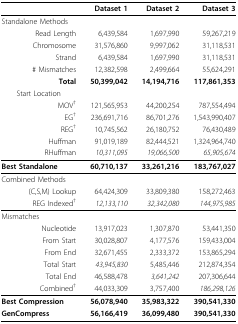
<table><thead><tr><td></td><td><b>Dataset 1</b></td><td><b>Dataset 2</b></td><td><b>Dataset 3</b></td></tr></thead><tbody><tr><td>Standalone Methods</td><td></td><td></td><td></td></tr><tr><td>Read Length</td><td>6,439,584</td><td>1,697,990</td><td>59,267,219</td></tr><tr><td>Chromosome</td><td>31,576,860</td><td>9,997,062</td><td>31,118,531</td></tr><tr><td>Strand</td><td>6,439,584</td><td>1,697,990</td><td>31,118,531</td></tr><tr><td># Mismatches</td><td>12,382,598</td><td>2,499,664</td><td>55,624,291</td></tr><tr><td><b>Total</b></td><td><b>50,399,042</b></td><td><b>14,194,716</b></td><td><b>117,861,353</b></td></tr><tr><td> Start Location</td><td></td><td></td><td></td></tr><tr><td>MOV<sup>†</sup></td><td>121,565,953</td><td>44,200,254</td><td>787,554,494</td></tr><tr><td>EG<sup>†</sup></td><td>236,691,716</td><td>86,701,276</td><td>1,543,990,407</td></tr><tr><td>REG<sup>†</sup></td><td>10,745,562</td><td>26,180,752</td><td>76,430,489</td></tr><tr><td>Huffman</td><td>91,019,189</td><td>82,444,521</td><td>1,324,964,740</td></tr><tr><td>RHuffman</td><td><i>10,311,095</i></td><td><i>19,066,500</i></td><td><i>65,905,674</i></td></tr><tr><td><b>Best Standalone</b></td><td><b>60,710,137</b></td><td><b>33,261,216</b></td><td><b>183,767,027</b></td></tr><tr><td>Combined Methods</td><td></td><td></td><td></td></tr><tr><td>(C,S,M) Lookup</td><td>64,424,309</td><td>33,809,380</td><td>158,272,463</td></tr><tr><td>REG Indexed<sup>†</sup></td><td><i>12,133,110</i></td><td><i>32,342,080</i></td><td><i>144,975,985</i></td></tr><tr><td>Mismatches</td><td></td><td></td><td></td></tr><tr><td>Nucleotide</td><td>13,917,023</td><td>1,307,870</td><td>53,441,350</td></tr><tr><td>From Start</td><td>30,028,807</td><td>4,177,576</td><td>159,433,004</td></tr><tr><td>From End</td><td>32,671,455</td><td>2,333,372</td><td>153,865,294</td></tr><tr><td>Total Start</td><td><i>43,945,830</i></td><td>5,485,446</td><td>212,874,354</td></tr><tr><td>Total End</td><td>46,588,478</td><td><i>3,641,242</i></td><td>207,306,644</td></tr><tr><td>Combined<sup>†</sup></td><td>44,033,309</td><td>3,757,400</td><td><i>186,298,126</i></td></tr><tr><td><b>Best Compression</b></td><td><b>56,078,940</b></td><td><b>35,983,322</b></td><td><b>390,541,330</b></td></tr><tr><td><b>GenCompress</b></td><td><b>56,166,419</b></td><td><b>36,099,480</b></td><td><b>390,541,330</b></td></tr></tbody></table>